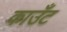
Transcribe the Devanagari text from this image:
काउँट